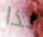
لذا